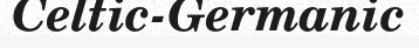
Celtic-Germanic